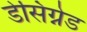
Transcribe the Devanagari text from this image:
डेसिग्नेड